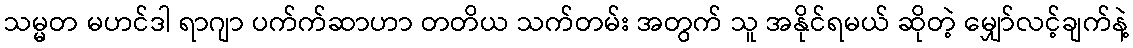
သမ္မတ မဟင်ဒါ ရာဂျာ ပက်က်ဆာဟာ တတိယ သက်တမ်း အတွက် သူ အနိုင်ရမယ် ဆိုတဲ့ မျှော်လင့်ချက်နဲ့